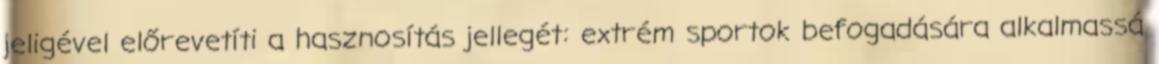
jeligével előrevetíti a hasznosítás jellegét: extrém sportok befogadására alkalmassá